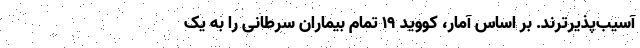
آسیب‌پذیرترند. بر اساس آمار، کووید ۱۹ تمام بیماران سرطانی را به یک